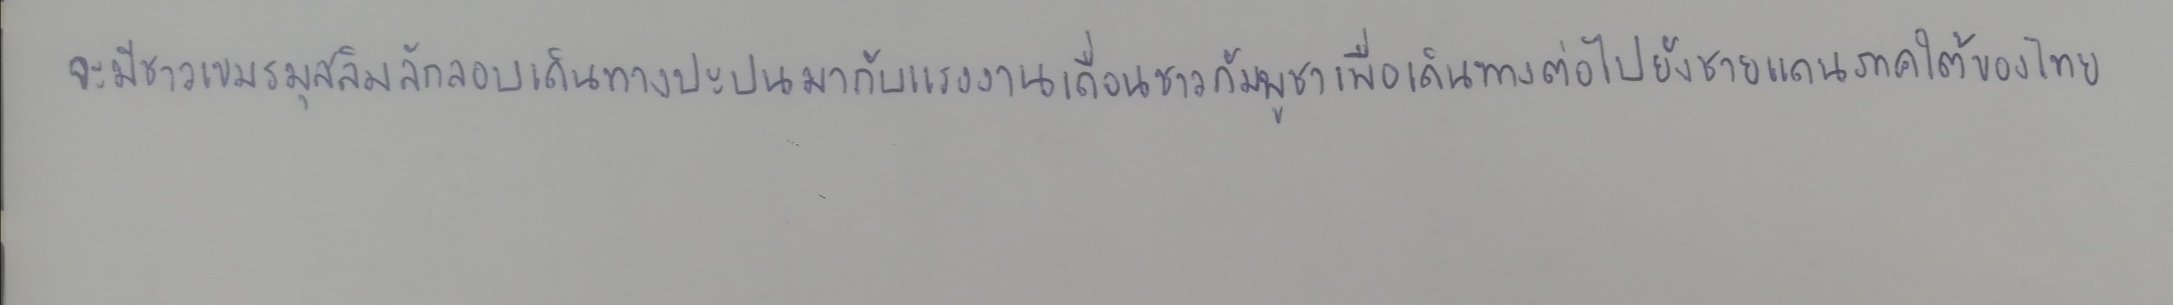
จะมีชาวเขมรมุสลิมลักลอบเดินทางปะปนมากับแรงงานเถื่อนชาวกัมพูชาเพื่อเดินทางต่อไปยังชายแดนภาคใต้ของไทย